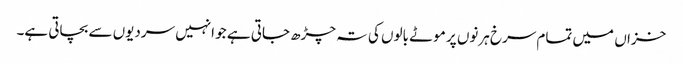
خزاں میں تمام سرخ ہرنوں پر موٹے بالوں کی تہ چڑھ جاتی ہے جو انہیں سردیوں سے بچاتی ہے۔